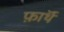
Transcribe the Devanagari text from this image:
फ़ाॅर्थ